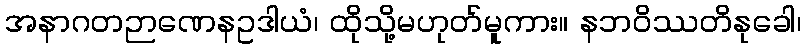
အနာဂတဉာဏေနဥဒါယံ၊ ထိုသို့မဟုတ်မူကား။ နဘဝိဿတိနုခေါ၊